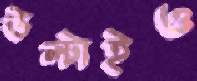
উল্‌টাইও